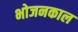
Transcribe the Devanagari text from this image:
भोजनकाल